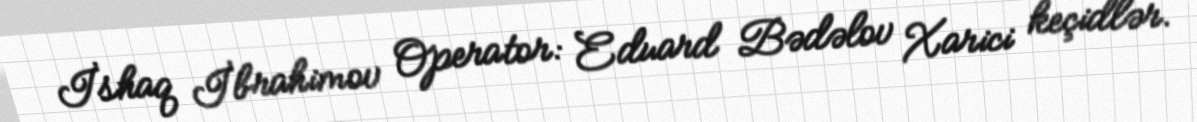
İshaq İbrahimov Operator: Eduard Bədəlov Xarici keçidlər.